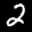
Label: 2